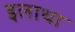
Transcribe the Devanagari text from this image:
इलाथा